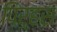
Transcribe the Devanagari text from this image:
पिर्‍हस